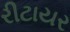
રીટાયર